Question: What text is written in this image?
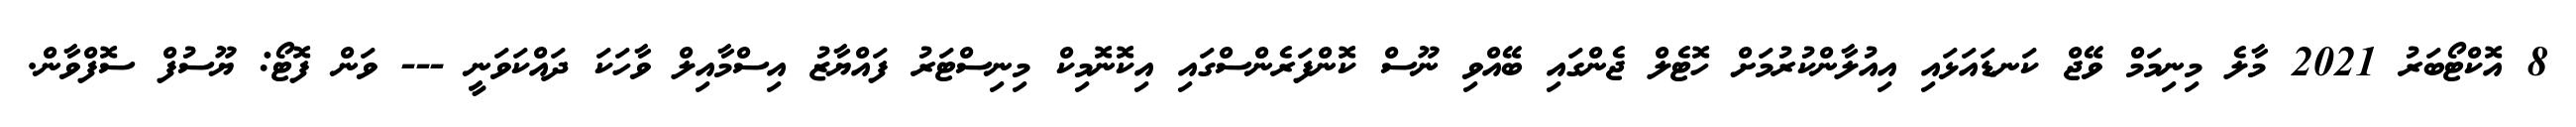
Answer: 8 އޮކްޓޯބަރު 2021 މާލެ މިނިމަމް ވޭޖް ކަނޑައަޅައި އިއުލާންކުރުމަށް ހޮޓެލް ޖެންގައި ބޭއްވި ނޫސް ކޮންފަރެންސްގައި އިކޮނޮމިކް މިނިސްޓަރު ފައްޔާޒު އިސްމާއިލް ވާހަކަ ދައްކަވަނީ --- ވަން ފޮޓޯ: ޔޫސުފް ސޮފްވާން.